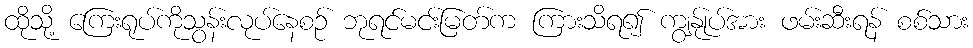
ထိုသို့ ကြေးရုပ်ကိုသွန်းလုပ်နေစဉ် ဘုရင်မငး်မြတ်က ကြားသိရ၍ ကျွနု်ုပ်အား ဖမ်းဆီးရန် စစ်သား